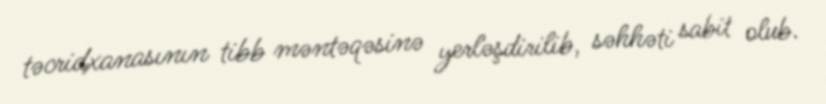
təcridxanasının tibb məntəqəsinə yerləşdirilib, səhhəti sabit olub.